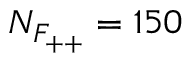
N _ { F _ { + + } } = 1 5 0